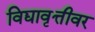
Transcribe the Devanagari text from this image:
विद्यावृत्तीवर